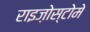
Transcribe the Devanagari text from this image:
राइज़ोस्टोमे